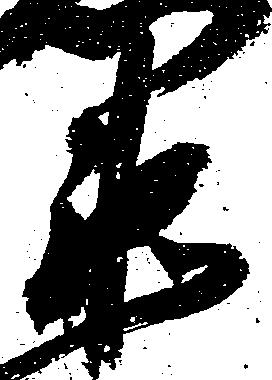
衛